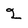
Character: 2